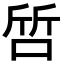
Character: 啠